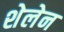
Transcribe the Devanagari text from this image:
शेलेन